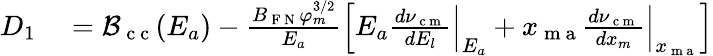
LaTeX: \begin{array}{rl}{D_{1}}&{{}={\cal B}_{\mathrm{~c~c~}}(E_{a})-\frac{B_{\mathrm{~F~N~}}\varphi_{m}^{3/2}}{E_{a}}\left[E_{a}\frac{d\nu_{\mathrm{~c~m~}}}{dE_{l}}\Big|_{E_{a}}+x_{\mathrm{~m~a~}}\frac{d\nu_{\mathrm{~c~m~}}}{dx_{m}}\Big|_{x_{\mathrm{~m~a~}}}\right]}\end{array}